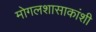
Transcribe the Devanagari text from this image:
मोगलशासाकांशी